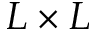
L \times L